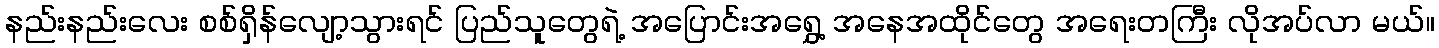
နည်းနည်းလေး စစ်ရှိန်လျော့သွားရင် ပြည်သူတွေရဲ့ အပြောင်းအရွှေ့ အနေအထိုင်တွေ အရေးတကြီး လိုအပ်လာ မယ်။